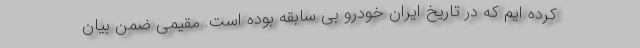
کرده ایم که در تاریخ ایران خودرو بی سابقه بوده است. مقیمی ضمن بیان